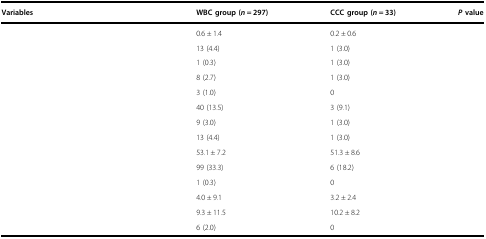
<table><thead><tr><td><b>Variables</b></td><td><b>WBC group (<i>n</i> = 297)</b></td><td><b>CCC group (<i>n</i> = 33)</b></td><td><b><i>P</i> value</b></td></tr></thead><tbody><tr><td>[EMPTY_CELL]</td><td>0.6 ± 1.4</td><td>0.2 ± 0.6</td><td>[EMPTY_CELL]</td></tr><tr><td>[EMPTY_CELL]</td><td>13 (4.4)</td><td>1 (3.0)</td><td>[EMPTY_CELL]</td></tr><tr><td>[EMPTY_CELL]</td><td>1 (0.3)</td><td>1 (3.0)</td><td>[EMPTY_CELL]</td></tr><tr><td>[EMPTY_CELL]</td><td>8 (2.7)</td><td>1 (3.0)</td><td>[EMPTY_CELL]</td></tr><tr><td>[EMPTY_CELL]</td><td>3 (1.0)</td><td>0</td><td>[EMPTY_CELL]</td></tr><tr><td>[EMPTY_CELL]</td><td>40 (13.5)</td><td>3 (9.1)</td><td>[EMPTY_CELL]</td></tr><tr><td>[EMPTY_CELL]</td><td>9 (3.0)</td><td>1 (3.0)</td><td>[EMPTY_CELL]</td></tr><tr><td>[EMPTY_CELL]</td><td>13 (4.4)</td><td>1 (3.0)</td><td>[EMPTY_CELL]</td></tr><tr><td>[EMPTY_CELL]</td><td>53.1 ± 7.2</td><td>51.3 ± 8.6</td><td>[EMPTY_CELL]</td></tr><tr><td>[EMPTY_CELL]</td><td>99 (33.3)</td><td>6 (18.2)</td><td>[EMPTY_CELL]</td></tr><tr><td>[EMPTY_CELL]</td><td>1 (0.3)</td><td>0</td><td>[EMPTY_CELL]</td></tr><tr><td>[EMPTY_CELL]</td><td>4.0 ± 9.1</td><td>3.2 ± 2.4</td><td>[EMPTY_CELL]</td></tr><tr><td>[EMPTY_CELL]</td><td>9.3 ± 11.5</td><td>10.2 ± 8.2</td><td>[EMPTY_CELL]</td></tr><tr><td>[EMPTY_CELL]</td><td>6 (2.0)</td><td>0</td><td>[EMPTY_CELL]</td></tr></tbody></table>